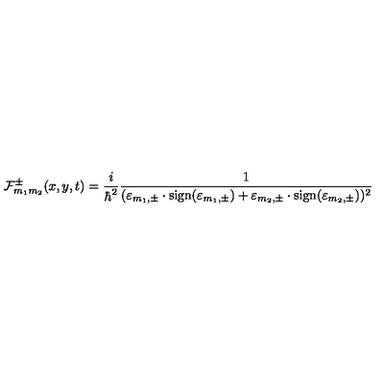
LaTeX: { \cal F } _ { m _ { 1 } m _ { 2 } } ^ { \pm } ( x , y , t ) = \frac { i } { { \hbar } ^ { 2 } } \frac { 1 } { ( { \varepsilon } _ { m _ { 1 } , \pm } \cdot \mathrm { s i g n } ( { \varepsilon } _ { m _ { 1 } , \pm } ) + { \varepsilon } _ { m _ { 2 } , \pm } \cdot \mathrm { s i g n } ( { \varepsilon } _ { m _ { 2 } , \pm } ) ) ^ { 2 } }